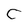
Character: c